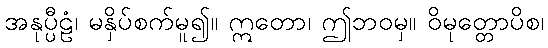
အနုပ္ပီဠံ၊ မနှိပ်စက်မူ၍။ ဣတော၊ ဤဘဝမှ။ ဝိမုတ္တောပိစ၊